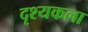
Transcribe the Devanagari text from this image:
दृश्‍यकला